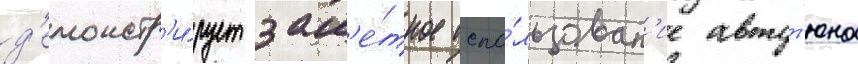
д'емонстр'и́рует зам'е́тное испо́льзован'ие автот'юна